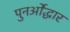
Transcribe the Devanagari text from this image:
पुनर्ओद्धार